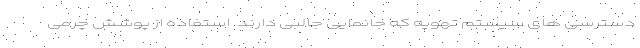
دسترسی های سیستم تهویه که جانمایی جالبی دارند. استفاده از پوشش چرمی